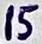
Text: 15